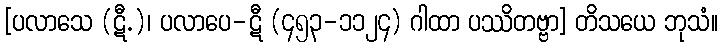
[ပလာသေ (ဋီ.)၊ ပလာပေ-ဋီ (၄၅၃-၁၁၂၄) ဂါထာ ပဿိတဗ္ဗာ] တိသယေ ဘုသံ။